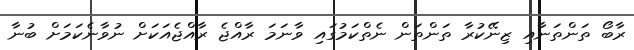
ރާބޯ ތަންތަނާއި ޒިނޭކުރާ ތަންތަން ނެތްކަމުގައި ވާނަމަ ރާއްޖެ ރާއްޖެއަކަށް ނުވާނެކަމަށް ބުނާ